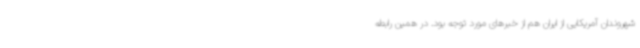
شهروندان آمریکایی از ایران هم از خبرهای مورد توجه بود. در همین رابطه